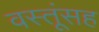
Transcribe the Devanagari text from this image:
वस्तूंसह